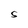
Character: S